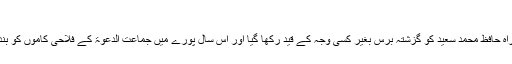
یہ بھی پڑھیں: پولیس کو جماعت الدعوۃ پر ’نظر‘ رکھنے کی ہدایت
انہوں نے افسوس کا اظہار کرتے ہوئے کہا کہ ان کی جماعت کے سربراہ حافظ محمد سعید کو گزشتہ برس بغیر کسی وجہ کے قید رکھا گیا اور اس سال پورے میں جماعت الدعوۃ کے فلاحی کاموں کو بند کرکے ہزاروں غریبوں، یتیموں اور بیواؤں کو نقصان پنچایا جارہا ہے۔